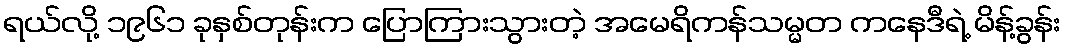
ရယ်လို့ ၁၉၆၁ ခုနှစ်တုန်းက ပြောကြားသွားတဲ့ အမေရိကန်သမ္မတ ကနေဒီရဲ့ မိန့်ခွန်း